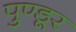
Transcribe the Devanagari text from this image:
पुण्डूर